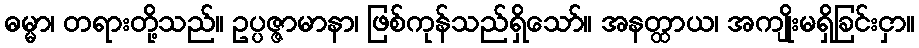
ဓမ္မာ၊ တရားတို့သည်။ ဥပ္ပဇ္ဇာမာနာ၊ ဖြစ်ကုန်သည်ရှိသော်။ အနတ္ထာယ၊ အကျိုးမရှိခြင်းငှာ။